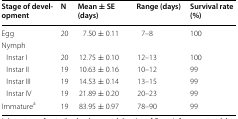
| Stage of development | N | Mean ± SE (days) | Range (days) | Survival rate (%) |
 | --- | --- | --- | --- | --- |
 | Egg | 20 | 7.50 ± 0.11 | 7–8 | 100 |
 | <COLSPAN=5> Nymph |
 | Instar I | 20 | 12.75 ± 0.10 | 12–13 | 100 |
 | Instar II | 19 | 10.63 ± 0.16 | 10–12 | 99 |
 | Instar III | 19 | 14.53 ± 0.14 | 13–15 | 99 |
 | Instar IV | 19 | 21.89 ± 0.20 | 20–23 | 99 |
 | Immaturea | 19 | 83.95 ± 0.97 | 78–90 | 99 |